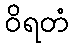
ဝိရတံ